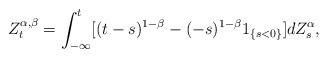
LaTeX: \begin{align*}Z^{\alpha, \beta}_t=\int^t_{-\infty} [(t-s)^{1-\beta}-(-s)^{1-\beta}1_{\{s<0\}}] dZ^{\alpha}_s,\end{align*}